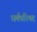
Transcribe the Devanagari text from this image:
धर्मपरिषद